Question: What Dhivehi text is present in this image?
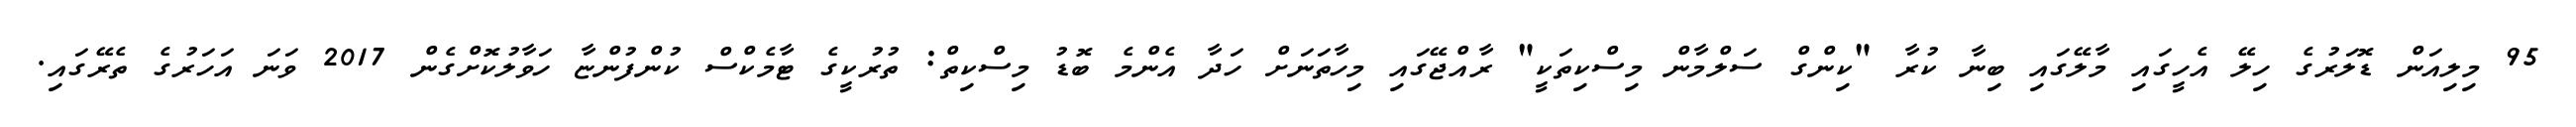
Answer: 95 މިލިއަން ޑޮލަރުގެ ހިލޭ އެހީގައި މާލޭގައި ބިނާ ކުރާ "ކިންގް ސަލްމާން މިސްކިތަކީ" ރާއްޖޭގައި މިހާތަނަށް ހަދާ އެންމެ ބޮޑު މިސްކިތް: ތުރުކީގެ ޓާމެކްސް ކުންފުންޏާ ހަވާލުކޮށްގެން 2017 ވަނަ އަހަރުގެ ތެރޭގައި.